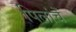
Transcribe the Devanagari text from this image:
पिलांचें